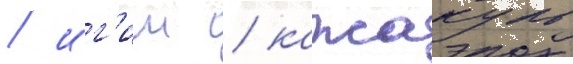
/ иг'иш / кажакуль